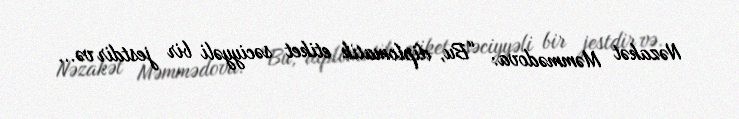
Nəzakət Məmmədova: “Bu, diplomatik etiket səciyyəli bir jestdir və...